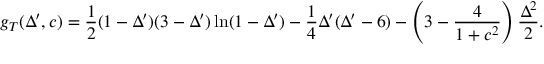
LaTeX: g _ { T } ( \Delta ^ { \prime } , c ) = \frac { 1 } { 2 } ( 1 - \Delta ^ { \prime } ) ( 3 - \Delta ^ { \prime } ) \ln ( 1 - \Delta ^ { \prime } ) - \frac { 1 } { 4 } \Delta ^ { \prime } ( \Delta ^ { \prime } - 6 ) - \left( 3 - \frac { 4 } { 1 + c ^ { 2 } } \right) \frac { \Delta ^ { 2 } } { 2 } .